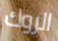
الروك